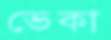
ভেকা